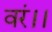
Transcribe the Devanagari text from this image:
वरं।।